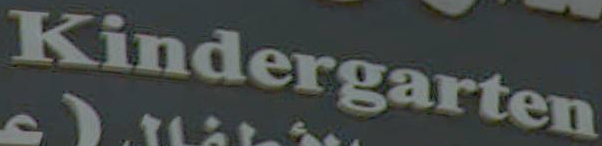
Kindergarten